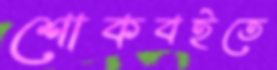
শোকবইতে